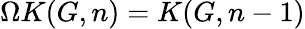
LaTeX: \Omega K(G,n)=K(G,n-1)